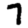
Digit: 7